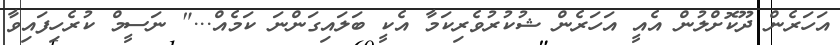
އަހަރެން ދޫކޮށްލުން އެއީ އަހަރެން ޝުކުރުވެރިކަމާ އެކީ ބަލައިގަންނަ ކަމެއް..." ނަސީމް ކުރެހިފައިވާ